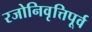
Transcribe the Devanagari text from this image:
रजोनिवृत्तिपूर्व